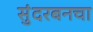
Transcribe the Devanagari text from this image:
सुंदरबनचा